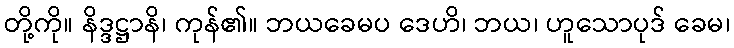
တို့ကို။ နိဒ္ဒဋ္ဌာနိ၊ ကုန်၏။ ဘယခေမပ ဒေဟိ၊ ဘယ၊ ဟူသောပုဒ် ခေမ၊